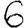
Digit: 6